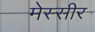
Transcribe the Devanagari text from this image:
मेस्सीर